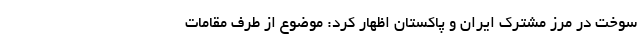
سوخت در مرز مشترک ایران و پاکستان اظهار کرد: موضوع از طرف مقامات